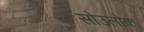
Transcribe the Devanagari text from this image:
सोउलोक